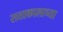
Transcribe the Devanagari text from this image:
सत्ताकालाच्या